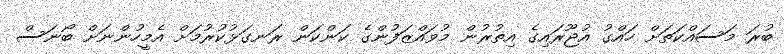
ބުރަ މަސައްކަތަށް ހައްގު އުޖޫރައިގެ އިތުރުން މުވައްޒަފުންގެ ކަންކަން ރަނގަޅުކުރުމަށް އެމީހުންނަށް ބޯނަސް